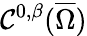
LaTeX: \mathcal{C}^{0,\beta}({\overline{{{\Omega}}}})